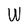
Character: W